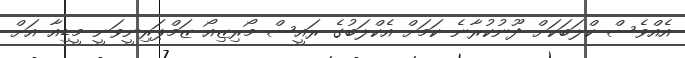
އެއްވެސް ކްލަބަކަށް ދޫނުކުރާނެ ކަމަށް އެކްލަބުގެ ރައީސް މޯރިޒިއޯ ޒަމްޕަރިނީވަނީ މީޑިއާ އަށް